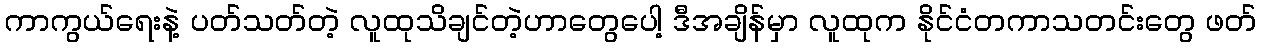
ကာကွယ်ရေးနဲ့ ပတ်သတ်တဲ့ လူထုသိချင်တဲ့ဟာတွေပေါ့ ဒီအချိန်မှာ လူထုက နိုင်ငံတကာသတင်းတွေ ဖတ်